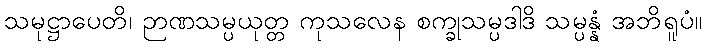
သမုဋ္ဌာပေတိ၊ ဉာဏသမ္ပယုတ္တ ကုသလေန စက္ခုသမ္ပဒါဒိ သမ္ပန္နံ အဘိရူပံ။